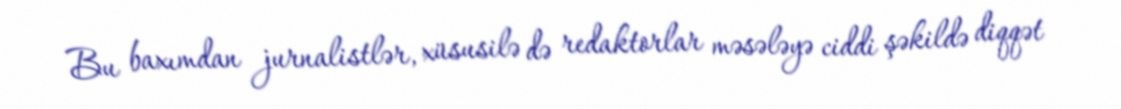
Bu baxımdan jurnalistlər, xüsusilə də redaktorlar məsələyə ciddi şəkildə diqqət